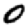
Digit: 0